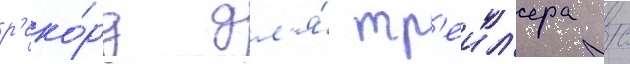
р'еко́рд дл'я́ тр'еил'ера с